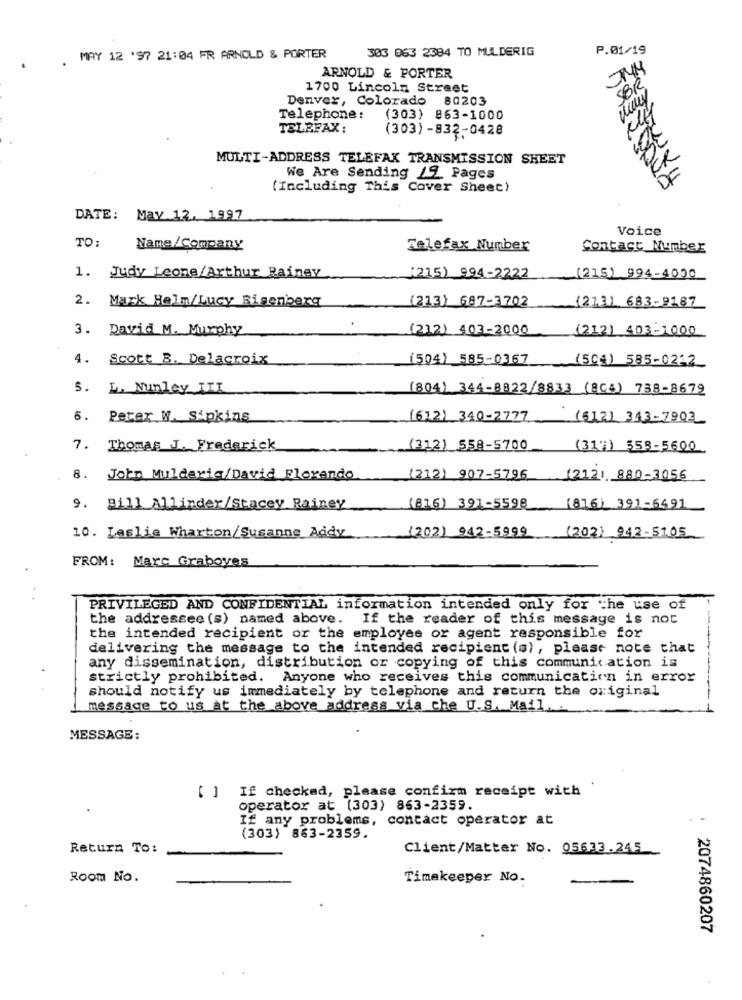
303 863 2384 TO MULDERIG
P.01/19
MAY 12 '97 21:04 FR ARNOLD & PORTER
NH
ARNOLD & PORTER
1700 Lincoln Street
Denver, Colorado 80203
Telephone:
(303) 863-1000
TELEFAX :
(303) -832-0428
MULTI-ADDRESS TELEFAX TRANSMISSION SHEET
We Are Sending 19 Pages
(Including This Cover Sheet)
DATE:
May 12. 1997
Voice
TO:
Name/ Company
Telefax Number
Contact Number
1. Judy Leone/Arthur Rainey
(215) 994-2222
(215) 994-4000
2. Mark Helm/Lucy Bigenberg
(213) 687-3702
(213) 683-9187
3. David M. Murphy
(212) 403-2000
(212) 403-1000
4. Scott B. Delacroix
(504) 585-0367
(504) 585-0212
S. L. Nunley ITI
(804) 344-8822/8833 (864) 738-8679
6. Peter W. Sipkins
(612) 340-2777
(612) 343-7903
7. Thomas J. Frederick
(312) 558-5700
(317) 558-5600
8. John Mulderig/David Florando
(212) 907-5796
(2121, 880-3056
9. Bill Allinder/Stacey Rainey
(816) 391-5598
(816) 391-6491
(202) 942-5999
(202) 942-5105
10. Leslie Wharton/Susanne Addy
FROM: Marc Graboyes
PRIVILEGED AND CONFIDENTIAL information intended only for the use of
the addressee (s) named above. If the reader of this message is not
the intended recipient or the employee or agent responsible for
delivering the message to the intended recipient (s), please note that
any dissemination, distribution or copying of this communication is
strictly prohibited. Anyone who receives this communication in error
should notify us immediately by telephone and return the original
message to us at the above address via the U.S. Mail ..
MESSAGE:
[ ] If checked, please confirm receipt with
operator at (303) 863-2359.
If any problems, contact operator at
(303) 863-2359.
Return To:
Client/Matter No. 05633.245
Room No.
Timekeeper No.
: 2074860207